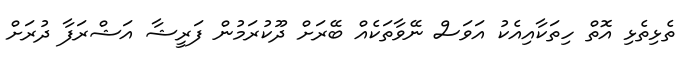
ތެޅިތެޅި އޮތް ހިތަކާއިއެކު އަވަސް ނޭވާތަކެއް ބޭރަށް ދޫކުރަމުން ފަރީޝާ އަޝްރަފާ ދުރަށް